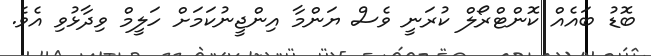
ބޮޑު ބައެއް ކޮންޓްރޯލް ކުރަނީ ވެސް ޔަަންމާ އިންޖީނުކަމަށް ހަލީމް ވިދާޅުވި އެވެ.